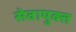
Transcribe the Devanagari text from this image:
सेवायुक्त